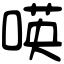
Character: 𠸄